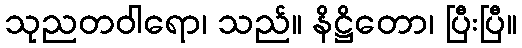
သုညတဝါရော၊ သည်။ နိဋ္ဌိတော၊ ပြီးပြီ။